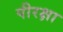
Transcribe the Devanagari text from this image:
पीरक्षा